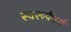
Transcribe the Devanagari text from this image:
स्वरूपैश्वर्य